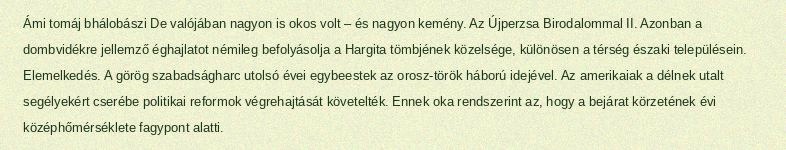
Ámi tomáj bhálobászi De valójában nagyon is okos volt – és nagyon kemény. Az Újperzsa Birodalommal II. Azonban a dombvidékre jellemző éghajlatot némileg befolyásolja a Hargita tömbjének közelsége, különösen a térség északi településein. Elemelkedés. A görög szabadságharc utolsó évei egybeestek az orosz-török háború idejével. Az amerikaiak a délnek utalt segélyekért cserébe politikai reformok végrehajtását követelték. Ennek oka rendszerint az, hogy a bejárat körzetének évi középhőmérséklete fagypont alatti.